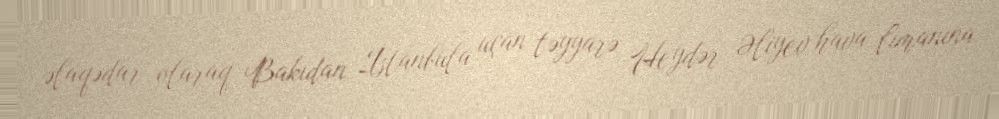
əlaqədar olaraq Bakıdan İstanbula uçan təyyarə Heydər Əliyev hava limanına